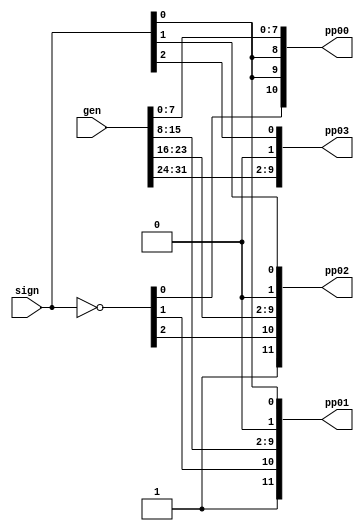
module SignextUnsigned7x7(input wire[31:0]  gen,
                          input wire[2:0]   sign,
                          output wire[10:0] pp00,
                          output wire[11:0] pp01,pp02,
                          output wire[9:0]  pp03);

    wire[2:0] ns;
    
    assign ns = ~sign;

    assign pp00 = {ns[0],sign[0],sign[0],gen[7:0]};
    assign pp01 = {1'b1,ns[1],gen[15:8],1'b0,sign[0]};
    assign pp02 = {1'b1,ns[2],gen[23:16],1'b0,sign[1]};
    assign pp03 = {gen[31:24],1'b0,sign[2]};

endmodule